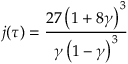
j ( \tau ) = { \frac { 2 7 \left( 1 + 8 \gamma \right) ^ { 3 } } { \gamma \left( 1 - \gamma \right) ^ { 3 } } }